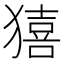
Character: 𤢀